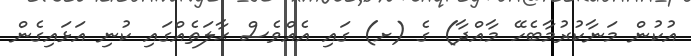
އުކުން މަނާކުރުމާބެހޭ މާއްދާ) ގެ (ށ) ގައި އެއްވެސް ޙާލަތެއްގައި ކުނި އަޅައިގެން